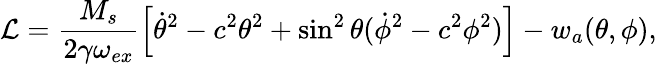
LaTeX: \mathcal{L}=\frac{M_{s}}{2\gamma\omega_{ex}}\left[\dot{\theta}^{2}-c^{2}\theta^{2}+\sin^{2}\theta(\dot{\phi}^{2}-c^{2}\phi^{2})\right]-w_{a}(\theta,\phi),